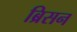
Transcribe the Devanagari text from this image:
ब्रिसन